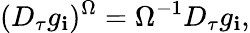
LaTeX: (D_{\tau}g_{\mathbf{i}})^{\Omega}=\Omega^{-1}D_{\tau}g_{\mathbf{i}},